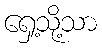
ရှေ့သို့သာ